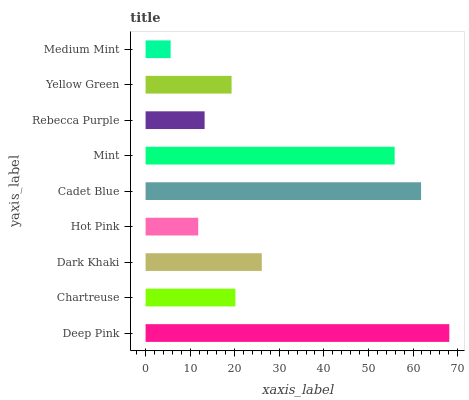
| yaxis_label | bars |
 | --- | --- |
 | Deep Pink | 68.1 |
 | Chartreuse | 20.1 |
 | Dark Khaki | 26.1 |
 | Hot Pink | 11.8 |
 | Cadet Blue | 61.8 |
 | Mint | 55.9 |
 | Rebecca Purple | 13.2 |
 | Yellow Green | 19.3 |
 | Medium Mint | 5.62 |